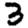
Digit: 3